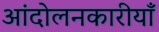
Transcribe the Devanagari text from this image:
आंदोलनकारीयाँ